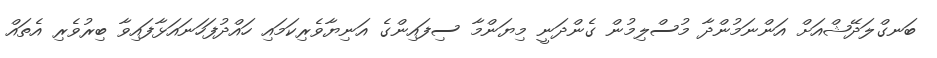
ބަނގްލަދޭޝްއަށް އަންނަމުންދާ މުސްލިމުން ގެންދަނީ މިޔަންމާ ސިފައިންގެ އަނިޔާވެރިކަމައި ހައްދުފަހަނައަޅާފައިވާ ބިރުވެރި އެތައް